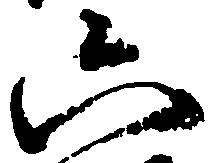
六